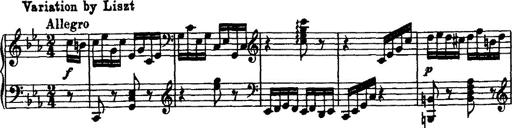
Title: Variation Ã¼ber einen Walzer von Diabelli
Composer: Franz Liszt